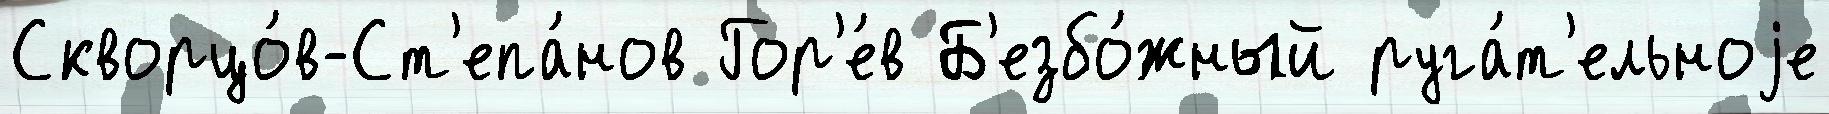
Скворцо́в-Ст'епа́нов Гор'е́в Б'езбо́жный руга́т'ельноjе